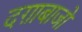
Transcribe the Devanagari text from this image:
दग़ाबाजों